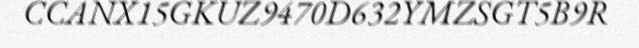
CCANX15GKUZ9470D632YMZSGT5B9R